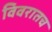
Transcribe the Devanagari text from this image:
विवरातच